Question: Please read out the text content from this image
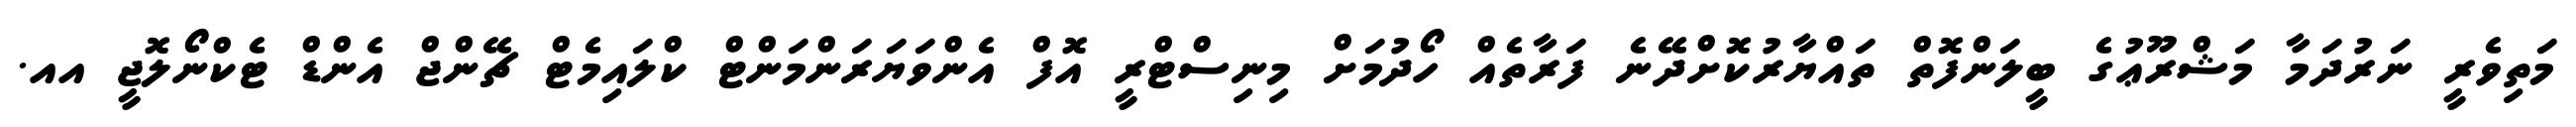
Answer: މަތިވެރީ ނަރުދަމާ މަޝްރޫޢުގެ ބީލަންފޮތް ތައްޔާރުކޮށްދޭނެ ފަރާތެއް ހޯދުމަށް މިނިސްޓްރީ އޮފް އެންވަޔަރަންމަންޓް ކްލައިމެޓް ޗޭންޖް އެންޑް ޓެކްނޯލޮޖީ އއ.